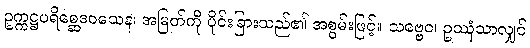
ဥက္ကဋ္ဌပရိစ္ဆေဒဝသေန၊ အမြတ်ကို ပိုင်းခြားသည်၏ အစွမ်းဖြင့်။ သဗ္ဗေဝ၊ ဥဿုံသာလျှင်